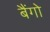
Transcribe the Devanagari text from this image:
बैंगो